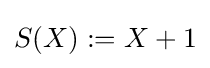
S(X):=X+1